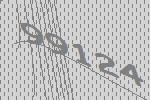
99124